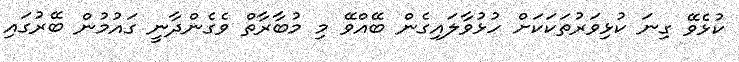
ކުޅެވޭ ގިނަ ކުޅިވަރުތަކަކަށް ހުޅުވާލައިގެން ބޭއްވޭ މި މުބާރާތް ވެގެންދާނީ ގައުމުން ބޭރުގައި